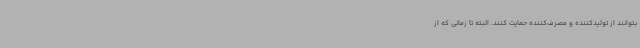
بتوانند از تولیدکننده و مصرف‌کننده حمایت کنند. البته تا زمانی که از